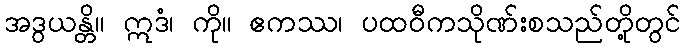
အဒွယန္တိ။ ဣဒံ၊ ကို။ ဧကဿ၊ ပထဝီကသိုဏ်းစသည်တို့တွင်